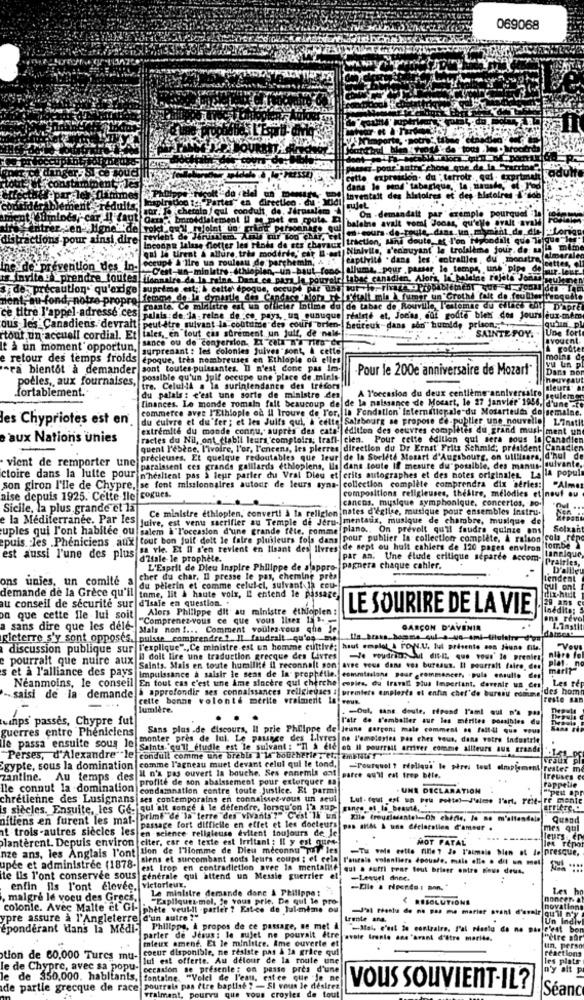
069068
.pour"
Gitte expression. du "terroir, qui . Exprimant
dans le sand' tabagique, la
Pan
Inventait des histoires et des
sujet
éduits;
For. J. cherato / qui cond
tult
On - demandatt par exemple pourquel l
ent Cümlocsi
baleine avait vomk Jonas, qu'elle avait avald
roki. q=24 ..
stractions por
ainsi dire
revient de Jin
cur Too Chir, cet
traction, sans doute, at l'on Nybodilt que Talque"Je
qui le tirent & allure, tres moderde,' car i-est)
Inconnu laisse flotter les rinds de sts charaux!
Ninivile, s'ennuyant le troisième jour de mala mime
captivité . dans les."entrailles, du monstra
jeatten, el
ne de prévention des in-
-C'est-un-minlatre, ethiopian, un-baut fons alluma, pour passer le temps, une pipe del
est-un-minlatre, ethiog
is invite_prendre toutes Ifh
malra da la reina. Dans ce para le pouyale tabac canadien, Alors, la baleine roleta Jornal
s . de- précaution* qu'exige
suprime est ;; & cette époque, occupé
Hent,au fond, notre propre! femme de la dypartie des Candace "Not the'dselt mia À fumer un'Grothd fait de faults frogoble
ce titre l'appel-adresse ces
coante. Ce ministre est un officier Intime du de tabac de Rouville, l'estomac du cilacs til D'apre
palais de. la reine de :co pays, un eunuque realeté et, Jocias, mot godte bien Con Jours aux-
ou's les Canadiens. devrait
tales, en tout cas sûrement un juif, de nale-
peut-être suivant la coutume des cours "orien- beuteuk-dans ado" humid, prison ...
SAINTE FOY.
Une fort
"tout un accuell cordial. Et
sance ou de confersion, Et cata n'a rien du
It à un moment opportun,
surprenant : les colonies Juives sont, & cette
e retour des temps froids
époque, très nombreuses en Ethiople où elles
Vu un pl
moins
-ra bientôt à demander sont toutes-puissantes. Il n'est done pas Im-
·Pour le 200e anniversaire de Mozart"
Dans nor
poèles ,, aux fournaises,
possible qu'un Juif occupe une place de minis-
fortablement.
tre. CeluliA a la surintendance des trésors
A l'occasion du deux centième anniversaire
finances. Le monde romain fall beaucoup de de la naissance de Mocart, le 27 Janvier 1956, d'une cto
du palais : c'est une sorte de ministre des
commerce avec P'Ethiople od Il trouve de Fer, la Fondation Internilienale du Mosartedi do semaine.
les Chypriotes est en
du cuivre et du'fer ; et les Juifs qui, à cette Salsbourg se propose ce-publier une nouvelle!
L7nati!
extrémité du monde connu, auprès des cata' edition des oeuvres complètes du grand musi- ment un
e aux Nations unies
ractes du Nil, ont_ctabli leurs, comptoirs; trafi- cien. Pour cette edition qui sera sous la Canadien
quent l'ebece, l'ivoire, l'or, l'encens, les pierres direction du Dr Ernst" Fritz Schmid; president Canadien
vient de remporter une precieuses. Et quelque redoutables que leur de la Société Mozart d'Augsbourg, on utilisera, d'hul de
paraissent ces grands galllards ethioplens, Ils dans toute If mesure du"possible, des manus quivante,
ctoire dans la lutte pour n'hésitent pas à leur parler du Vral Dieu et crits autographes et des notes originales. La la popul
son giron I'lle de Chypre, se font missionnaires autour de leurs syna- collection complète comprendra dix series: "Almer
compositions religieuses, thedire, melodies et neuf au
aise depuis 1925. Cette Ile cogues.
cancos, musique symphonique, concertos, Do-
Sicile, la plus grande et la
Ce ministre ethiopien, convert! a la religion nates d'eglice, musique pour ensembles instru.
e la Méditerranée. Par les
Juive, est venu sacrifier au Temple de Jeru- mentaux, musique de chambre, musique de
uples qui l'ont habitee ou salem a l'occasion d'une grande fête, comme plane .. On prevelt qu'il faudra quinze ans
Solxant
epuis. les .Pheniciens , aux tout bon juif delt le faire pluileurs fois dans pour publier la collection complète, A raison cola rep
sa vie. Et Il s'en revient en lisant des livres de sept ou huit cahiers de 120 pages environ tombe }
est aussi l'une des plus
dlfale le prophète.
par an. Une Elude critique separce accom-
Lancique
L'Esprit de Dieu Inspire Philippe de alappro- pagnera chaque cahier.
Prairies,
D'albleu
ons unies, un comité a
cher du char, Il presse le pas, chemine pres
endent
demande de la Grèce qu'il
tome, lit & haute voix, E entend le passage
du pèlerin et comme celui-ci, suivant la cou-
ul ent
au conseil de securite sur d'isale en question. .
Alors Philippe dit au ministre ethiopien:
LE SOURIRE DE LA VIE
Inedita: S
on que cette fle lui soit
"Comprenez-vous ce que vous Iler Ia B.
ns revo
a sans dire que les dele-
Mals non !... Comment voulez-vous che Je
GARÇON D'AVENIR
1.7matit
ficterre s'y sont opposes. puisse comprendre ? Il faudrait .. qu'os me
discussion publique sur T'explique" ., Ce ministre est un homme culttive; haut emplol & roys.U. lul présente son Jaune file.]
e pourrait que nuire aux
MI doll lire une traduction grecque des Livres
Plat-
niare fe
et à l'alliance des pays
Saints. Mais en toute humilité il reconnait son avne vous dans vos bureaus. Il pourrait faire, den
marly
Néanmoins, le conseil En tout cas c'est une Ame sincère qui cherche
Impulssance a saisir le sens de la prophétie. commissione pour commencer, . pula ensullo de
Les re
copies, du Iravali plus Important. covenir ua ces
-- saisi de la demande à approfondir ses connaissances religieuses : premiers empleste et enfin chef'de bureau comme des hom
cette bonne volonté merite vraiment la! vous.
reste san
lumière.
. - Out, sans doute, répond l'ami qui n'a pas
tuinps' passes, Chypre fut
l'air do s'emballer sur les mérites possibles du
guerres entre Phenielens
Sans plus .de discours, Il prie Philippe de jeune garçon; male comment .o falldi que ...
monter pres de lul. Le passage des Livres ne l'emeleries pas ches vous, dans votre Industrie
Te passa ensuite sous le
Saints. cull_etudie est le suivant : "Il à fic où Il pourrait arriver comme ailleurs aus grande
Perses, d'Alexandre"le condull comme une brebis )"14 boucherie , et, ambit
Egypte, sous la domination|comme l'agneau muet devant celui qui le tond. - Pourquel ? repliqui le pires teel eimplement rester me
zantine. Au temps des
Il n'a pas ouvert la bouche. Ses ennemis ont parce qu'il est trop bile.
profite de son abaissement pour exterquer mai
rappelle
lle connut la domination
condamnation contre toute . Justice. EL parmi
.UNE DECLARATION
ipest apr
chrétienne des Lusignans ses contemporains en connaissez-vous un seul
Lut- feut est un peu rettel-J'aime l'art. rett- re mente
's siècles. Ensuite, les Ge- qui ait conge & le défendre, lorsqu'on I'd sup |gangs of la_beauté, "
oftiens en furent les mat- prime de la terre des vivants'?" C'est'li un
Quand
at trois -autres siècles les
en -science religieuse évitent toujours de. Je
passage fort difficile en effet et les docteurs pas ands & une erelocalien d'amour .
mes qul
planterent. Depuis environ |citer, car ce texte est Irritant : Il y est qurs-
MOT FATAL
eurs en
nze ans, les Anglais l'ont tion de l'Homme de Dieu meconnu pour les
-THE ve cette fille? Je l'aimais bien at le presque,
siens et surcombant sous leurs coups ; et cela l'aurais volontiers doouste, mais elle . dit un met
upce et administrec (1878-)
est trop en contradiction avec is mentalite qui a suffi roar tout briser ontre gious deus.
te lis l'ont conservee sous generale qui attend un Messie guerrier el
-Lequel ance.
enfin ils l'ont élevéc.
victorieux.
Le ministre demande done & Philippe :
Les h
, malgré le voeu des Gracs.
"Expliquet-mol, Je vous prie, De qui le pro-
< RESOLUTIONS
noncer. at
colonie. Avec Malte et Gl- phete veutll -parler ? Est-ce de lui-même ou
novation
pre assure à l'Angleterre d'un autre !"
trente ans.
-J'ai thestu de ne pas me marier avant d'avoir qu'il n'y
Un Indivi
éponderant dans la Medi- Philipps, À propos de ce passage, se met
parler de Jesus: le sujet ne pourait être avale trente ans "avant d'être marido.
mieux amené. Et le ministre. Ame ouverte et
"etre sår
coeur disponible, ne resiste pas à la grice qui
un. perso
tion de 60,000 Tures mu-
lui est offerte. Au delour de la route une
réactions
le de Chypre, avec sa popu-
occasion se présente: on passe pres d'une
les plats
le de 350.000. habitants, fontaine, "Velel de l'eau, estee que "je n
de partie grecque de race pourrais pas ftre baptise ? - SI vous le désirez
de tout
VOUS SOUVIENT-IL?
Séanc
vraiment, pourvu que vous croy